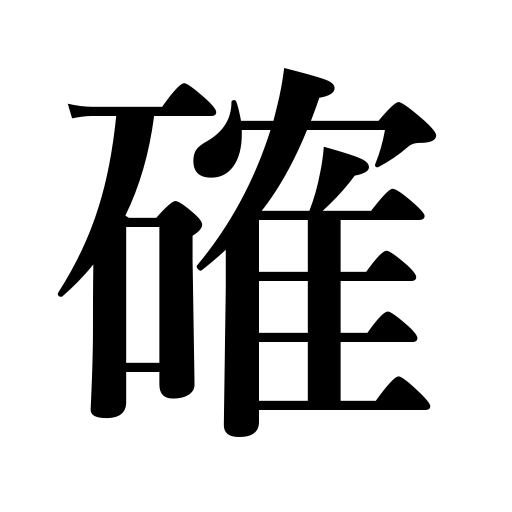
Meanings: certainly,sure,sound,ascertain,competent,for certain,positive,if I remember right,doubtless,tight,accurate,firm,sober,sane,I think,evident,solid,hard,clear,confirm,reliable,genuine,verify,able